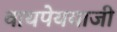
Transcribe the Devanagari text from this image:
वायपेययाजी